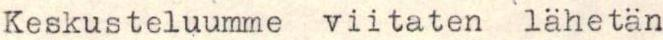
Keskusteluumme viitaten lähetän